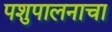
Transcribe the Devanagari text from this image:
पशुपालनाचा